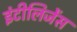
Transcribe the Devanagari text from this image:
इंटीलिजेंस